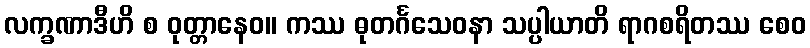
လက္ခဏာဒီဟိ စ ဝုတ္တာနေဝ။ ကဿ ဓုတင်္ဂသေဝနာ သပ္ပါယာတိ ရာဂစရိတဿ စေဝ